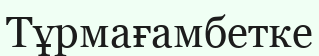
Тұрмағамбетке